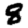
Digit: 8